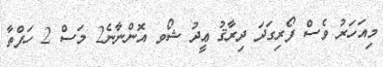
މިއަހަރު ވެސް ފޯރިގަދަ ދިރާޤު ޢީދު ޝޯވ އޮންނާނެ2 މަސް 2 ހަފްތާ